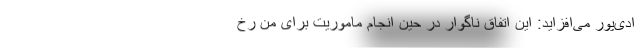
ادی‌پور می‌افزاید: این اتفاق ناگوار در حین انجام ماموریت برای من رخ